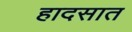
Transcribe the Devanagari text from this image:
हादसात